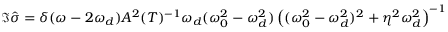
\Im \hat { \sigma } = \delta ( \omega - 2 \omega _ { d } ) A ^ { 2 } ( T ) ^ { - 1 } \omega _ { d } ( \omega _ { 0 } ^ { 2 } - \omega _ { d } ^ { 2 } ) \left( ( \omega _ { 0 } ^ { 2 } - \omega _ { d } ^ { 2 } ) ^ { 2 } + \eta ^ { 2 } \omega _ { d } ^ { 2 } \right) ^ { - 1 }